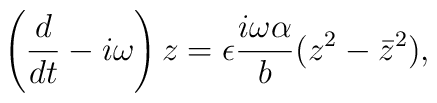
\left(\frac{d}{dt}-i\omega\right)z=\epsilon\frac{i\omega\alpha}{b}(z^2-{\bar z}^2),